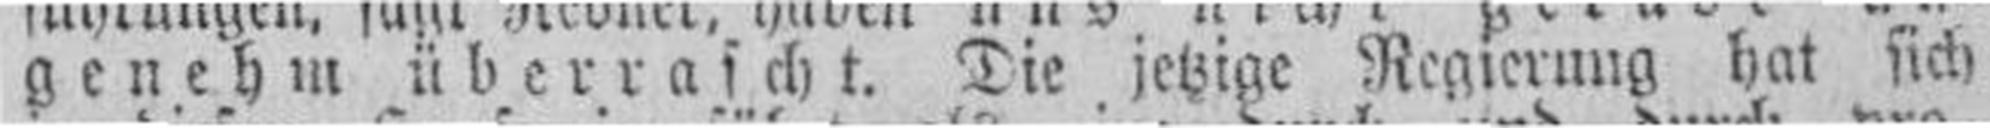
genehm überrascht. Die jetzige Regierung hat sich